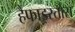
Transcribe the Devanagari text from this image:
हैफाइस्तोस